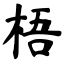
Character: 梧